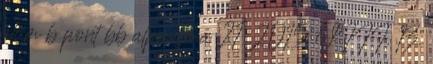
alcím b pont bb alpontja a 21 2015. VIII. 13.